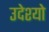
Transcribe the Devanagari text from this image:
उदेश्यो